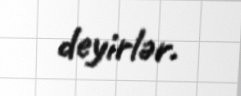
deyirlər.